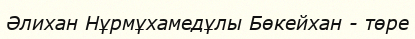
Әлихан Нұрмұхамедұлы Бөкейхан - төре